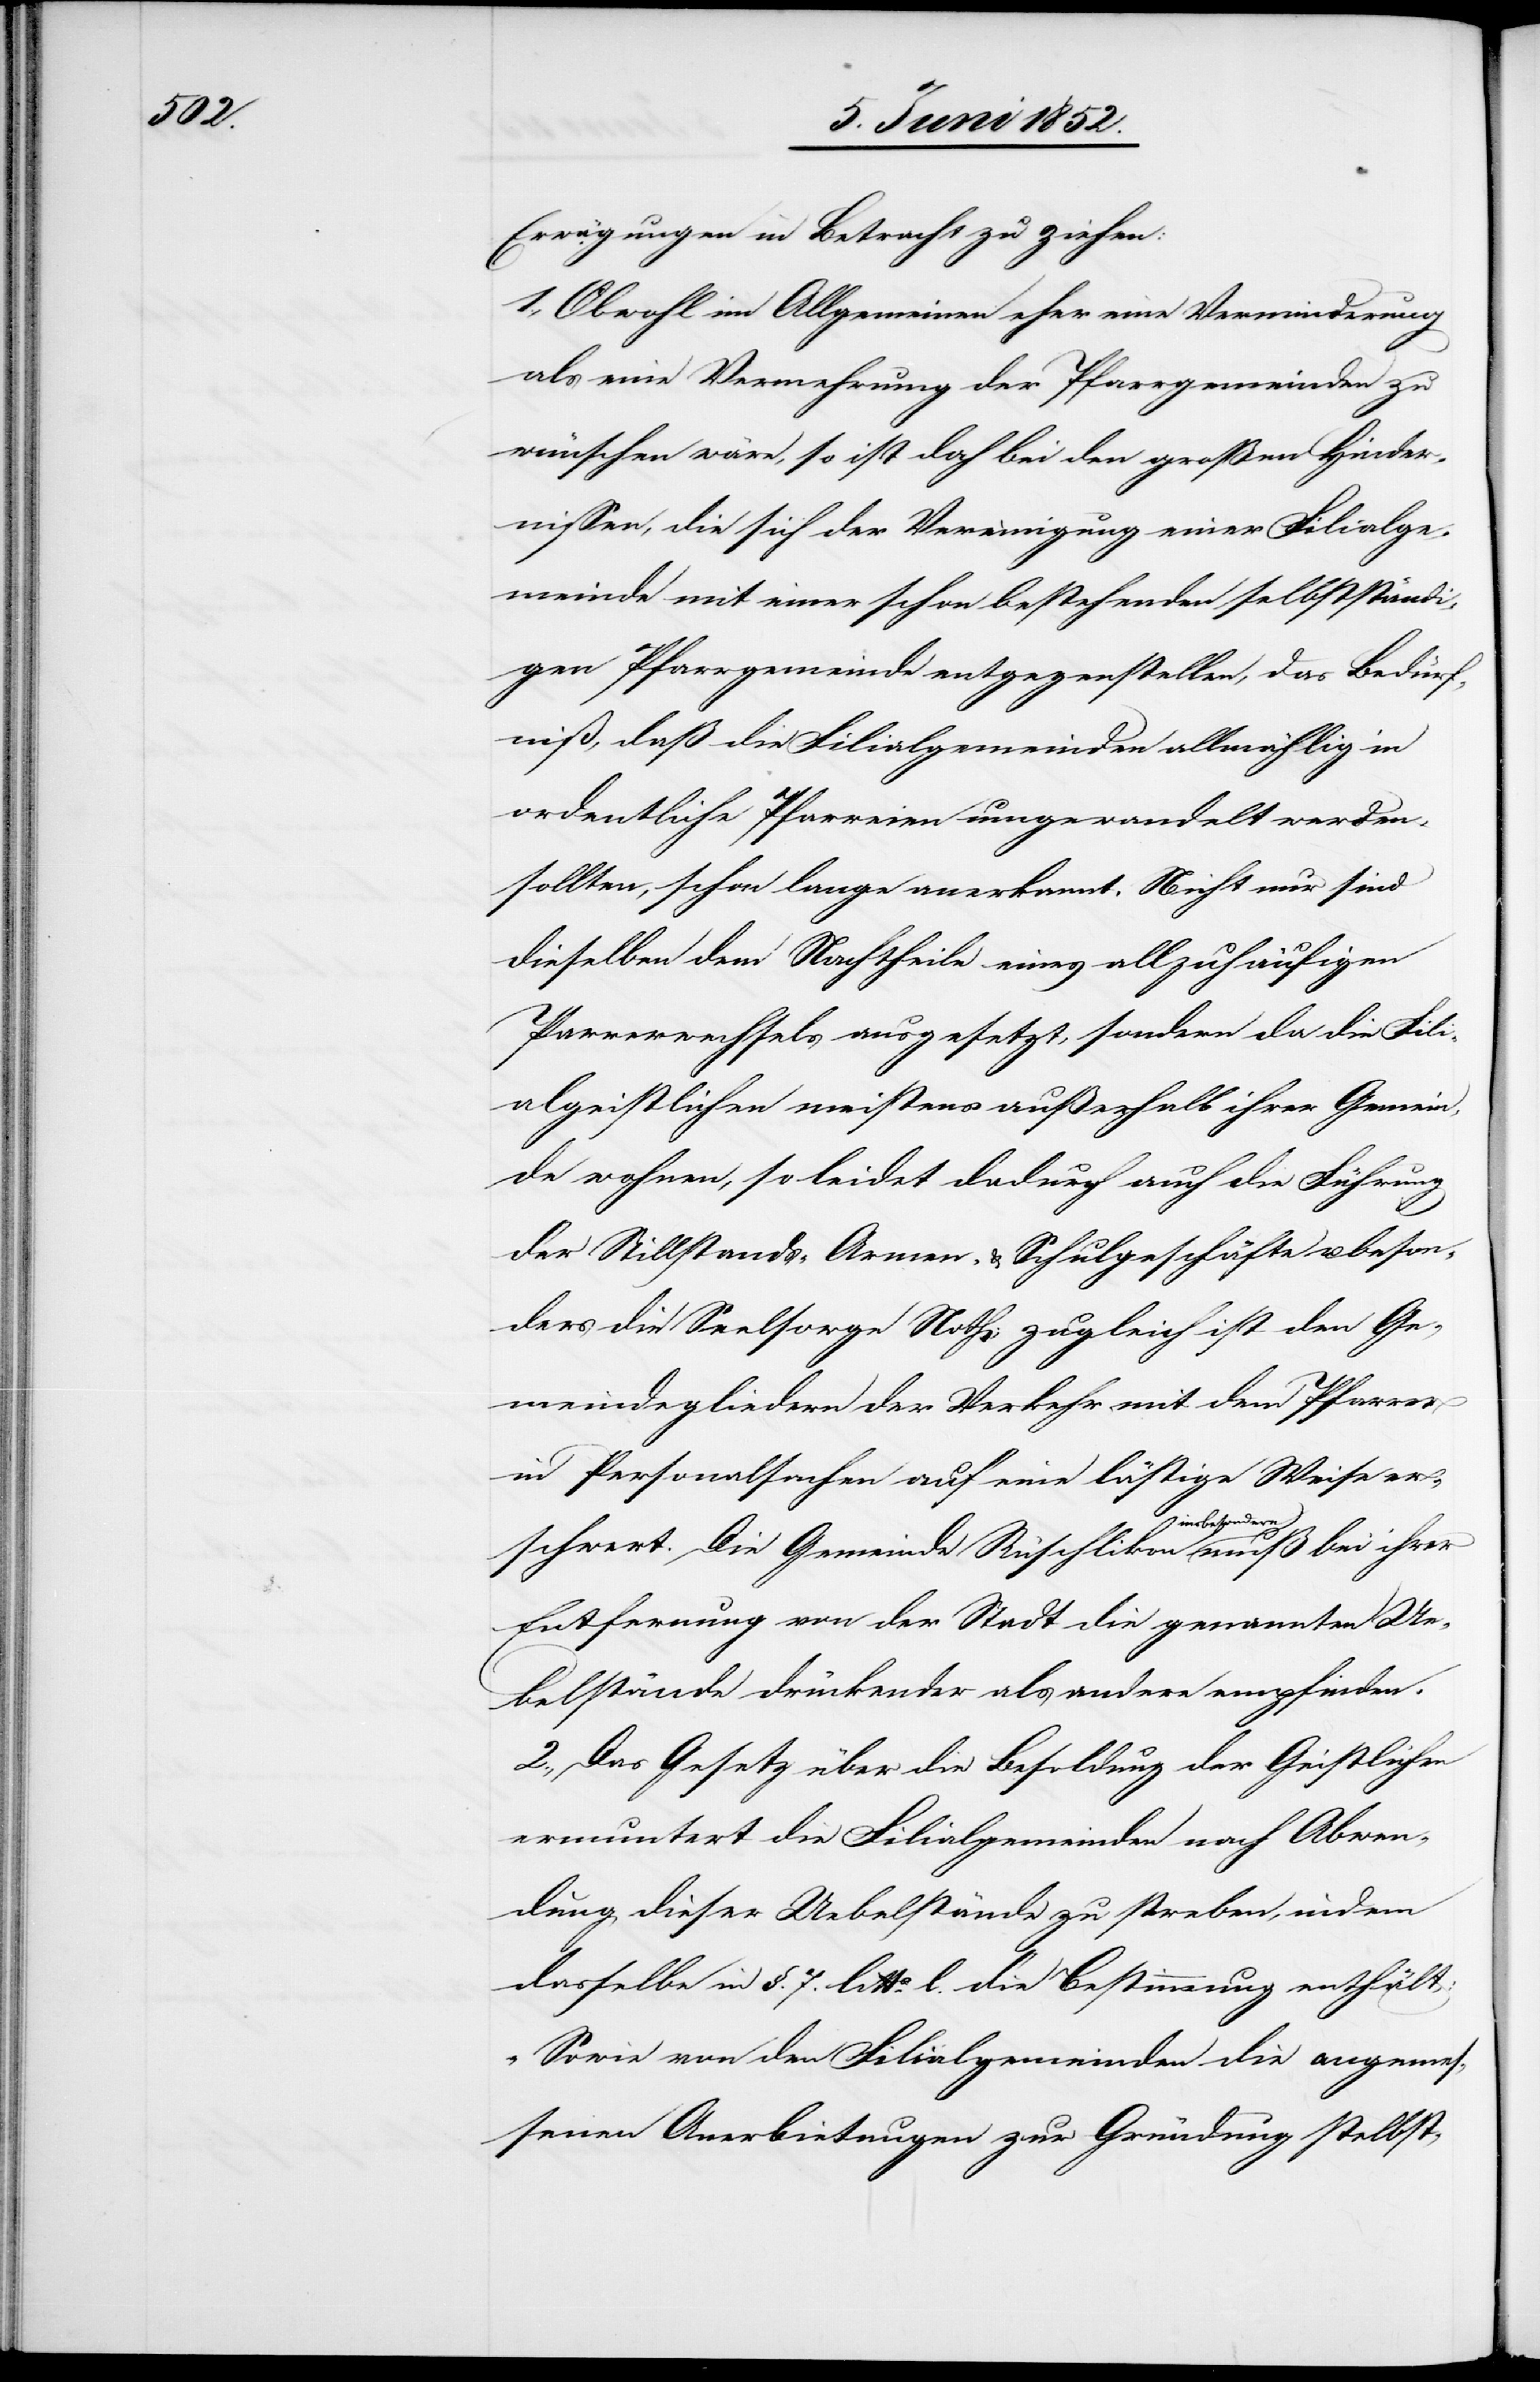
Erwägungen in Betracht zu ziehen:
1., Obwohl im Allgemeinen eher eine Verminderung
als eine Vermehrung der Pfarrgemeinden zu
wünschen wäre, so ist doch bei den großen Hindern¬
issen, die sich der Vereinigung einer Filialge¬
meinde mit einer schon bestehenden selbstständi¬
gen Pfarrgemeinde entgegenstellen, das Bedürf¬
niß, daß die Filialgemeinden allmählig in
ordentliche Pfarreien umgewandelt werden
sollten, schon lange anerkannt. Nicht nur sind
dieselben dem Nachtheile eines allzuhäufigen
P[f]arrerwechsels ausgesetzt, sondern da die Fili¬
algeistlichen meistens außerhalb ihrer Gemein¬
de wohnen, so leidet dadurch auch die Führung
der Stillstands-[,] Armen- & Schulgeschäfte u. beson¬
ders die Seelsorge Noth; zugleich ist den Ge¬
meindegliedern der Verkehr mit dem Pfarrer
in Personalsachen auf eine lästige Weise er¬
schwert. Die Gemeinde Rüschlikon insbesondere
Entfernung von der Stadt die genannten Ue¬
belstände drückender als andere empfinden.
2., Das Gesetz über die Besoldung der Geistlichen
ermuntert die Filialgemeinden nach Abwen¬
dung dieser Uebelstände zu streben, indem
dasselbe in §. 7. litta. l. die Bestimmung enthält:
„Sowie von den Filialgemeinden die angemes¬
senen Anerbietungen zur Gründung stelbst-